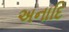
અનાદિ